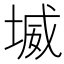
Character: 㙎